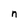
Character: n